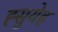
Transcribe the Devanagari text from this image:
ह्सुयेह